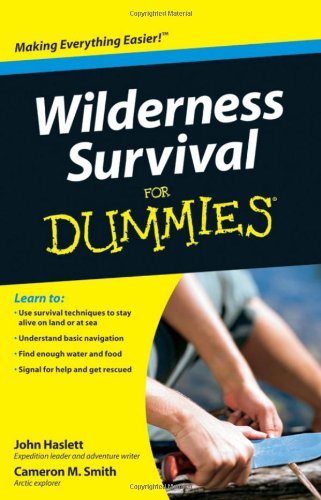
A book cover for Wilderness Survival For Dummies; Cameron M. Smith; Sports & Outdoors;